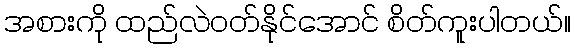
အစားကို ထည်လဲဝတ်နိုင်အောင် စိတ်ကူးပါတယ်။